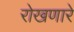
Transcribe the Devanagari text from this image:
रोखणारे